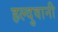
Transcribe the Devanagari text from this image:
हल्दुवानी